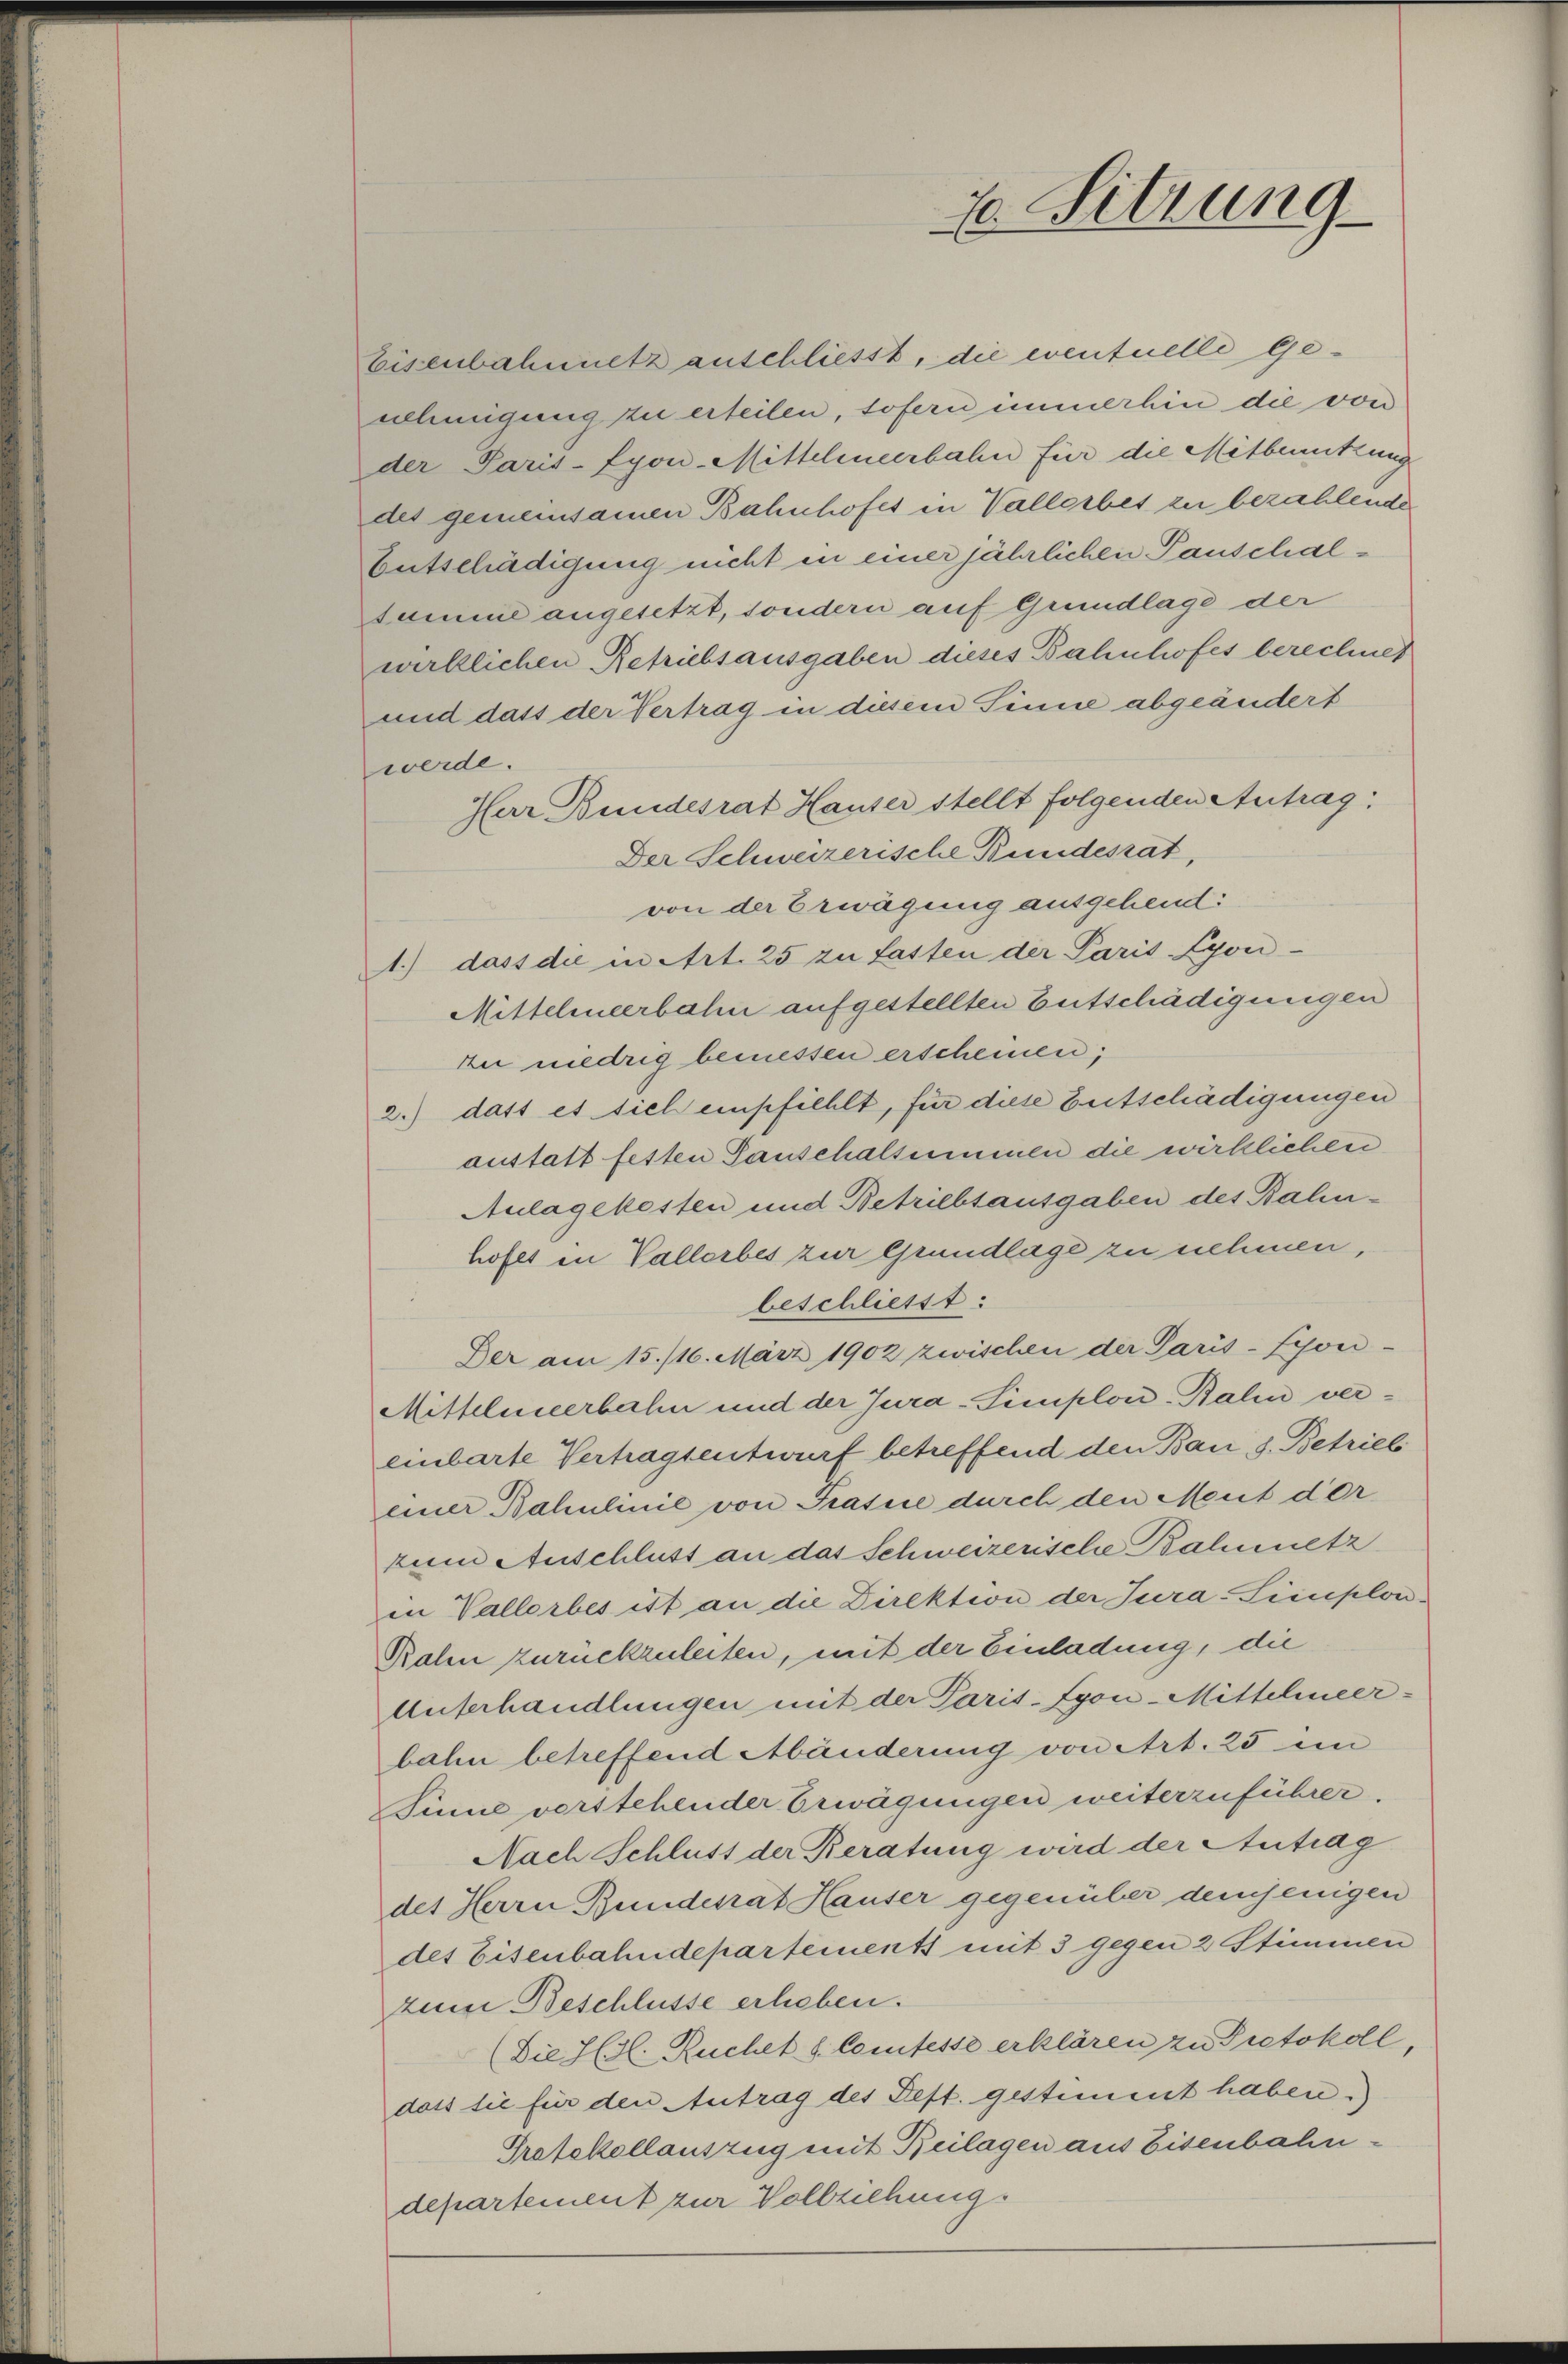
Eisenbahnnetz anschliesst, die eventuelle Genehmigung zu erteilen, sofern immerhin die von
der Paris-Eyon-Mittelmeerbahn für die Mitbenutzung
des gemeinsamen Bahnhofes in Vallerbes zu bezahlende
Entschädigung nicht in einer jährlichen Pauschalsumme angesetzt, sondern auf Grundlage der
wirklichen Retriebsausgaben dieses Bahnhofes berechnet
und dass der Vertrag in diesem Sinne abgeändert
werde.
Har Bundesrat Hauser stellt folgenden Antrag:
Der Schweizerische Bundesrat,
von der Erwägung ausgehend:
1.) dass die in Art. 25 zu fasten der Paris Lyon-
Mittehneerbahn aufgestellten Entschädigungen
ze niedrig bemessen erscheinen;
2.) dass es sich empfiehlt, für diese Entschädigungen
austatt festen Panschalsummen die wirklichen
Aulagekosten und Betriebsausgaben des Bahnhofes in Vallerbes zur Grundlage zu nehmen,
beschliesst:
Der am 15./16. März 1902 zwischen der Paris-Syoni-
Mittelmeerbahn und der Jura-Simplon-Balin vereinbarte Vertragsentwurf betreffend den Bau, d. Betrieb
einer Bahnlinie von Prasse durch den Meut der
zum Anschluss an das Schweizerische Balmetz
in Vallorbes ist an die Direktion der Jura-Simplon¬
Rahn zurückzuleiten, mit der Einladung, die
Unterhandlungen mit der Paris-Eyon-Mitschneerbahn betreffend Abänderung von Art. 25 in
Sinne verstehender Erwägungen weiterzuführer.
Nach Schluss der Beratung wird der Antrag
des Herrn Bundesrat Hauser gegenüber demjenigen
des Eisenbahndepartements mit 3 gegen 2 Stimmen
zum Beschlüsse erheben.
(Die Ill. Ruchel s. Comtesse erklären zu Protokoll,
dass sie für den Antrag des Deft. gestimmt haben.)
Protokollauszug mit Beilagen aus Eisenbahn-
departement zur Vollziehungs

70. Sitzung